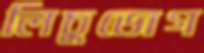
লিচুভোগ